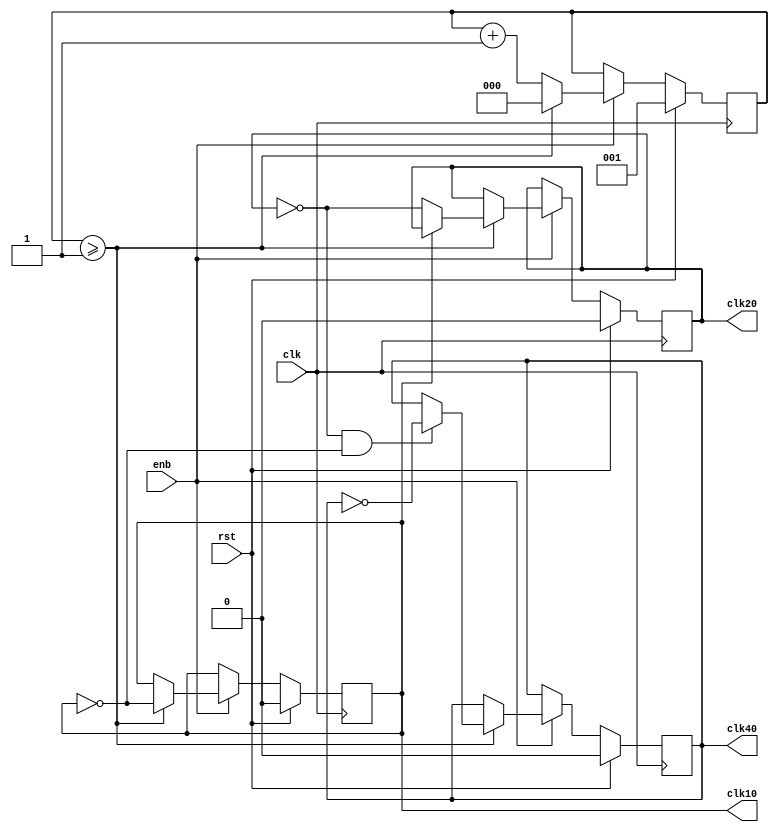
`timescale 1ns/1ps

module GeneradorClk(
  clk, rst, enb,
  clk10, clk20, clk40
);


  input wire clk;
  input wire rst;
  input wire enb;

  output reg clk10;
  output reg clk20;
  output reg clk40;

  reg [2:0] cnt10;

  always @ (posedge clk) begin
    if (rst) begin
      cnt10 <= 3'd1;
      clk10 <= 1'b0;
      clk20 <= 1'b0;
      clk40 <= 1'b0;
    end else begin
      if (enb) begin
        if (cnt10 >= 3'd1) begin
          cnt10 <= 3'd0;
          clk10 <= ~clk10;
          if (~clk10) clk20 <= ~clk20;
          if (~clk20 & ~clk10) clk40 <= ~clk40;
        end else begin
          cnt10 <= cnt10 + 1'b1;
        end
      end
    end
  end
endmodule